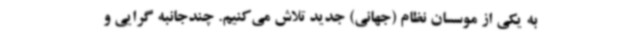
به یکی از موسسان نظام (جهانی) جدید تلاش می‌کنیم. چندجانبه گرایی و